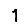
Digit: 1